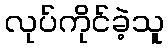
လုပ်ကိုင်ခဲ့သူ